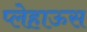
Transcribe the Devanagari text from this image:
प्लेहाऊस